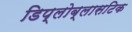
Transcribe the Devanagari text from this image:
डिप्लोब्लासटिक